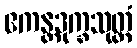
ဧကန္တဒုက္ခသုတ္တံ